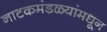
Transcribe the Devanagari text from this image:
नाटकमंडळ्यांमधून